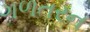
ગળતરન